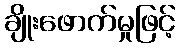
ချိုးဖောက်မှုဖြင့်